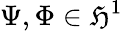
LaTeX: \Psi,\Phi\in\mathfrak{H}^{1}